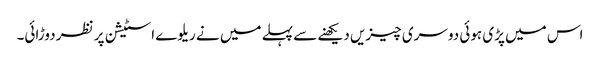
اس میں پڑی ہوئی دوسری چیزیں دیکھنے سے پہلے میں نے ریلوے اسٹیشن پر نظر دوڑائی۔